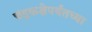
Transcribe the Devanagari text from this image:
चंद्रकक्षेपर्यंतच्या